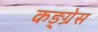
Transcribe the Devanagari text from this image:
कङ्ग्रेस